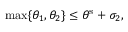
\operatorname* { m a x } \{ \theta _ { 1 } , \theta _ { 2 } \} \leq \theta ^ { \mathrm { s } } + \sigma _ { 2 } ,